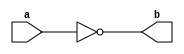
module NotGate(a,b) ;

output b ;
input a ;

nand(b,a,a) ;

endmodule 

module AndGate(a,b,c) ;

output c ;
input a,b ;
wire x ;

nand(x,a,b) ;
nand(c,x,x) ; 

endmodule 

module OrGate(a,b,c) ;

output c ;
input a,b ;
wire x,y ;

nand(x,a,a) ;
nand(y,b,b) ;
nand(c,x,y) ;

endmodule 

module Mux2x1(a,b,s,c) ;

output c ;
input a,b,s ;
wire x,y,z ;

NotGate NG_1(s,z );
AndGate AG_1(a,z,x) ;
AndGate AG_2(b,s,y) ;
OrGate OG_1(x,y,c) ;

endmodule 

module DLatch(d,c,q,q_) ;

output q,q_ ;
input d,c ;
wire c_,s,r,x,y ;

AndGate S(d,d,s) ;
NotGate R(d,r) ;
nand(x,c,s) ;
nand(y,c,r) ;
nand(q,q_,x) ;
nand(q_,q,y) ;

endmodule 

module DFlipFlopRE(d,c,q,q_) ;

output q,q_ ;
input d,c ;
wire c_,Q,Q_ ;

NotGate C_(c,c_) ;

DLatch D1(d,c_,Q,Q_) ;
DLatch D2(Q,c,q,q_) ;

endmodule 

module BinaryCell(DIn,clk,cs,w,r,DOut) ;

output DOut ;
input DIn,clk,cs,w,r ;
wire s1,s2,d,q,q_ ;

AndGate In(w,cs,s1) ;
AndGate Out(r,cs,s2) ;
Mux2x1 M1(q,DIn,s1,d) ;
DFlipFlopRE D(d,clk,q,q_) ;
Mux2x1 M2(1'bx,q,s2,DOut) ;

endmodule

module Reg16Bit(DIn,clk,cs,w,r,DOut) ;

output [15:0] DOut ;
input [15:0] DIn;
input clk,cs,w,r ;

BinaryCell B[15:0](DIn,clk,cs,w,r,DOut) ; 

endmodule

module DeCoder2(e,i,o) ;

output [1:0] o ;
input e,i ;
wire i_ ;

NotGate Ne(i,i_) ;
AndGate O1(i_,e,o[0]) ;
AndGate O2(i,e,o[1]) ;

endmodule 

module DeCoder4(e,i,o) ;

output [3:0] o ;
input [1:0] i ;
input e ;
wire [1:0] t ;

DeCoder2 D1(e,i[1],t[1:0]) ;
DeCoder2 D2(t[1],i[0],o[3:2]) ;
DeCoder2 D3(t[0],i[0],o[1:0]) ;

endmodule 

module DeCoder8(e,i,o) ;

output [7:0] o ;
input [2:0] i ;
input e ;
wire [1:0] t ;

DeCoder2 D1(e,i[2],t[1:0]);
DeCoder4 D2(t[0],i[1:0],o[3:0]) ;
DeCoder4 D3(t[1],i[1:0],o[7:4]) ;

endmodule 

module Mux4x1(i0,i1,i2,i3,s1,s0,o) ;

output o ;
input i0,i1,i2,i3 ;
input s1,s0;
wire x,y ;

Mux2x1 M_1(i0,i1,s1,x);
Mux2x1 M_2(i2,i3,s1,y) ;
Mux2x1 M_3(x,y,s0,o) ;

endmodule

module Mux4x1_16(i0,i1,i2,i3,s,o) ;

output [15:0] o ;
input [15:0] i0,i1,i2,i3 ;
input [1:0] s ;

Mux4x1 M[15:0](i0,i1,i2,i3,s[0],s[1],o) ;

endmodule

module Mux8x1(i1,i2,i3,i4,i5,i6,i7,i8,s0,s1,s2,o) ;		

output o ;
input i1,i2,i3,i4,i5,i6,i7,i8 ;
input s2,s1,s0 ;
wire x,y ;

Mux4x1 M1(i1,i2,i3,i4,s0,s1,x) ;
Mux4x1 M2(i5,i6,i7,i8,s0,s1,y) ;
Mux2x1 M3(x,y,s2,o) ;

endmodule 

module Mux8x1_16(i1,i2,i3,i4,i5,i6,i7,i8,s,o) ;

output [15:0] o ;
input [15:0] i1,i2,i3,i4,i5,i6,i7,i8 ;
input [2:0] s ;

Mux8x1 M[15:0](i1,i2,i3,i4,i5,i6,i7,i8,s[0],s[1],s[2],o) ;

endmodule

module RAM8(e,DIn,clk,addr,w,r,DOut) ;

output [15:0] DOut ;
input [15:0] DIn ;
input clk,w,r,e ;
input [2:0] addr ;
wire [7:0] cs ;
wire [15:0] o1,o2,o3,o4,o5,o6,o7,o8 ;

DeCoder8 Addr(e,addr,cs) ;
Reg16Bit r1(DIn,clk,cs[0],w,r,o1) ;
Reg16Bit r2(DIn,clk,cs[1],w,r,o2) ;
Reg16Bit r3(DIn,clk,cs[2],w,r,o3) ;
Reg16Bit r4(DIn,clk,cs[3],w,r,o4) ;
Reg16Bit r5(DIn,clk,cs[4],w,r,o5) ;
Reg16Bit r6(DIn,clk,cs[5],w,r,o6) ;
Reg16Bit r7(DIn,clk,cs[6],w,r,o7) ;
Reg16Bit r8(DIn,clk,cs[7],w,r,o8) ;

Mux8x1_16 M(o1,o2,o3,o4,o5,o6,o7,o8,addr,DOut) ;

endmodule 

module RAM64(e,DIn,clk,addr,w,r,DOut) ;

output [15:0] DOut ;
input [15:0] DIn ;
input clk,w,r,e ;
input [5:0] addr ;
wire [7:0] rs ;
wire [15:0] o1,o2,o3,o4,o5,o6,o7,o8 ;

DeCoder8 RAddr(e,addr[5:3],rs) ;
RAM8 R1(rs[0],DIn,clk,addr[2:0],w,r,o1) ;
RAM8 R2(rs[1],DIn,clk,addr[2:0],w,r,o2) ;
RAM8 R3(rs[2],DIn,clk,addr[2:0],w,r,o3) ;
RAM8 R4(rs[3],DIn,clk,addr[2:0],w,r,o4) ;
RAM8 R5(rs[4],DIn,clk,addr[2:0],w,r,o5) ;
RAM8 R6(rs[5],DIn,clk,addr[2:0],w,r,o6) ;
RAM8 R7(rs[6],DIn,clk,addr[2:0],w,r,o7) ;
RAM8 R8(rs[7],DIn,clk,addr[2:0],w,r,o8) ;

Mux8x1_16 M(o1,o2,o3,o4,o5,o6,o7,o8,addr[5:3],DOut) ;

endmodule

module RAM512(e,DIn,clk,addr,w,r,DOut) ;

output [15:0] DOut ;
input [15:0] DIn ;
input clk,w,r,e ;
input [8:0] addr ;
wire [7:0] rs ;
wire [15:0] o1,o2,o3,o4,o5,o6,o7,o8 ;

DeCoder8 RAddr(e,addr[8:6],rs) ;
RAM64 R1(rs[0],DIn,clk,addr[5:0],w,r,o1) ;
RAM64 R2(rs[1],DIn,clk,addr[5:0],w,r,o2) ;
RAM64 R3(rs[2],DIn,clk,addr[5:0],w,r,o3) ;
RAM64 R4(rs[3],DIn,clk,addr[5:0],w,r,o4) ;
RAM64 R5(rs[4],DIn,clk,addr[5:0],w,r,o5) ;
RAM64 R6(rs[5],DIn,clk,addr[5:0],w,r,o6) ;
RAM64 R7(rs[6],DIn,clk,addr[5:0],w,r,o7) ;
RAM64 R8(rs[7],DIn,clk,addr[5:0],w,r,o8) ;

Mux8x1_16 M(o1,o2,o3,o4,o5,o6,o7,o8,addr[8:6],DOut) ;

endmodule